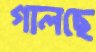
গালছে